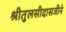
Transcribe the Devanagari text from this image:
श्रीतुलसीदासजीने